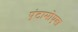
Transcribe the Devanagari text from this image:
एंटामोएबा